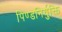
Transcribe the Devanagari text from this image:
पिण्डनिर्युक्ति